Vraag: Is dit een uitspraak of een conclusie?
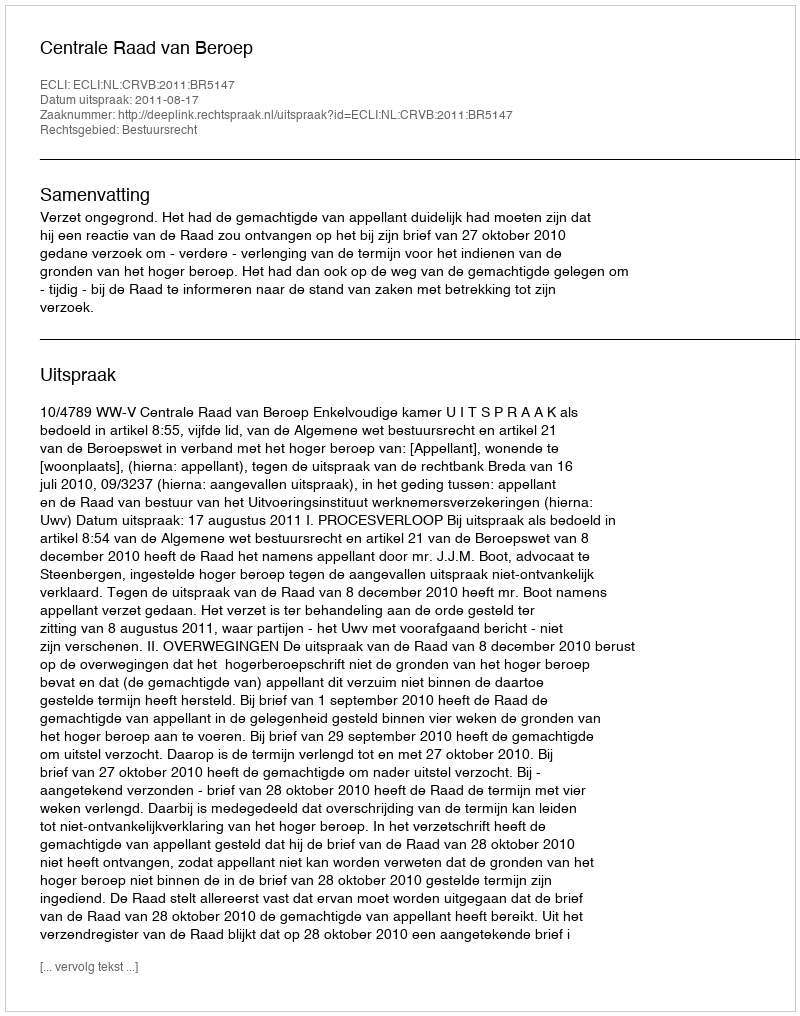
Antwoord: Uitspraak